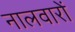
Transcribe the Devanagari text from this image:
नालवारों